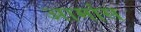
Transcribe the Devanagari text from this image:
आर्मास